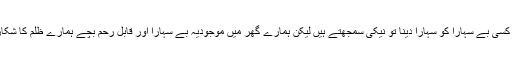
ہم راہ چلتے کسی بے سہارا کو سہارا دینا تو نیکی سمجھتے ہیں لیکن ہمارے گھر میں موجودیہ بے سہارا اور قابل رحم بچے ہمارے ظلم کا شکار رہتے ہیں۔